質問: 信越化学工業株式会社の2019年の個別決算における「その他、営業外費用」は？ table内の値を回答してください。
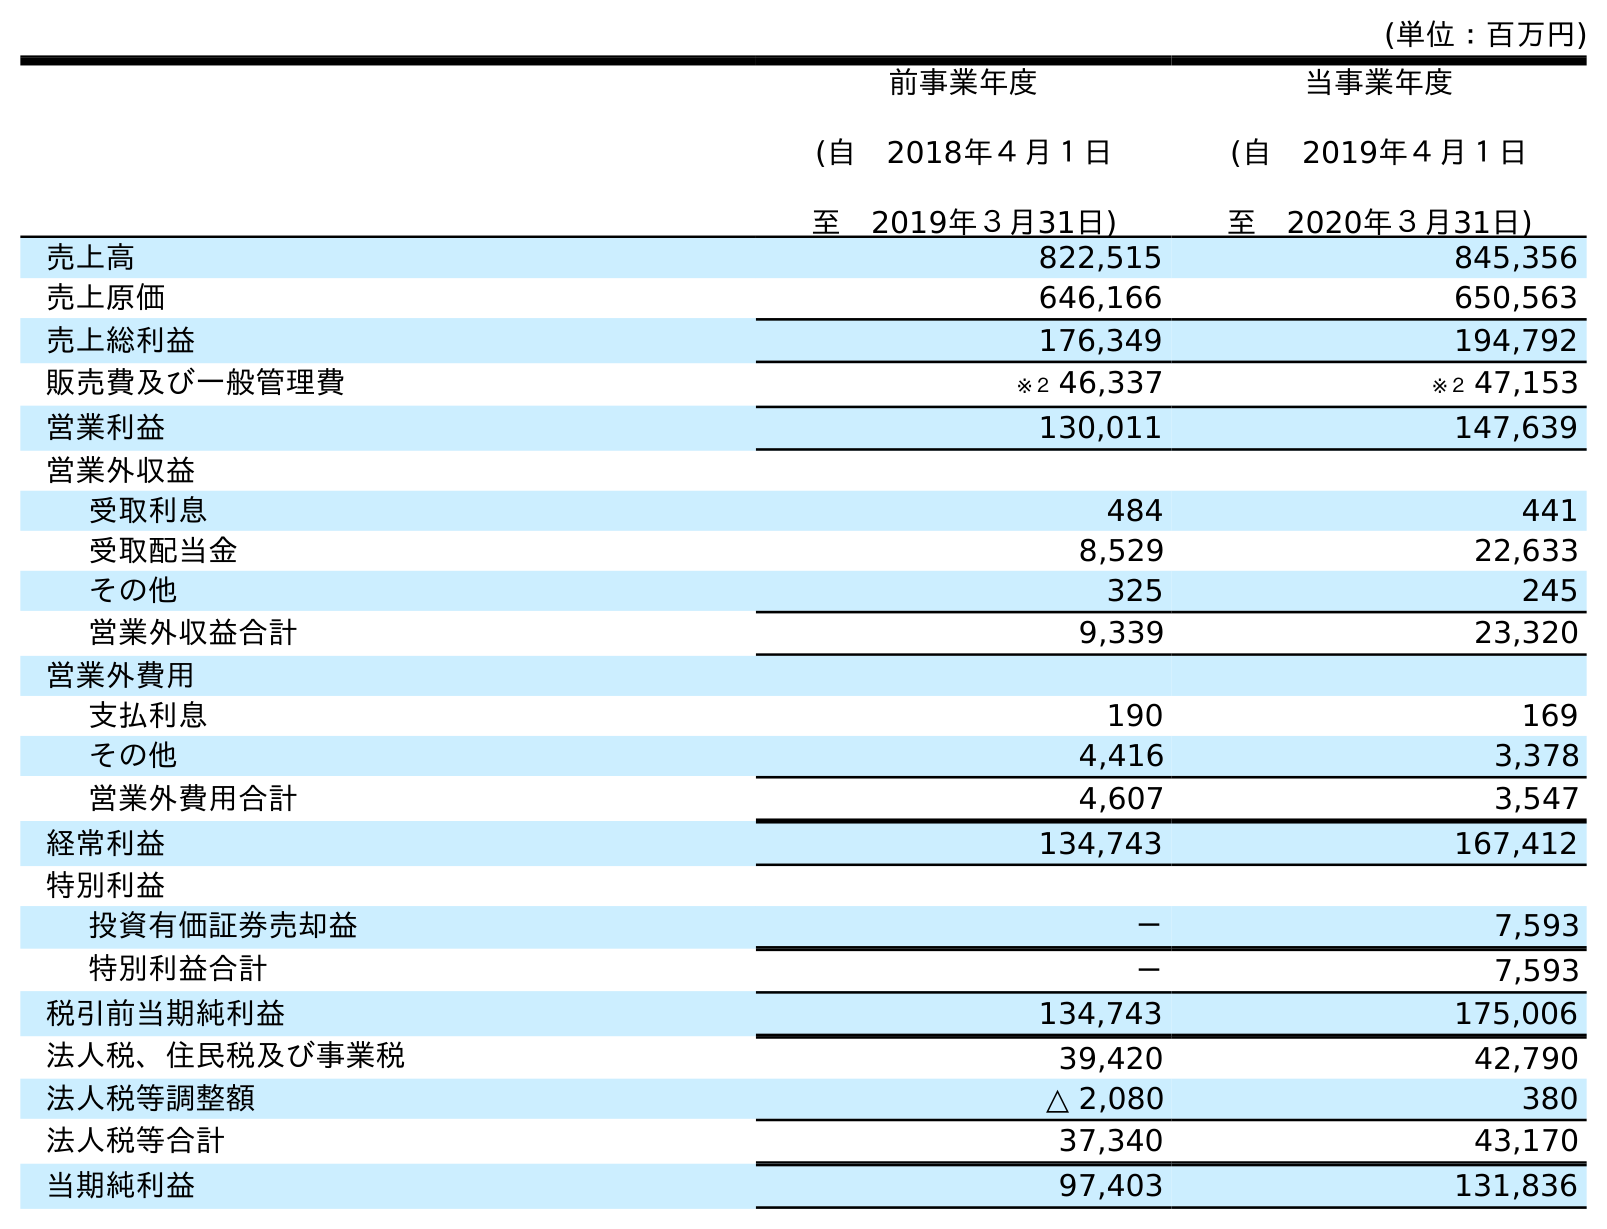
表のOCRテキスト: (単位：百万円) 前事業年度 (自 2018年４月１日 至 2019年３月31日) 当事業年度 (自 2019年４月１日 至 2020年３月31日) 売上高 822,515 845,356 売上原価 646,166 650,563 売上総利益 176,349 194,792 販売費及び一般管理費 ※２ 46,337 ※２ 47,153 営業利益 130,011 147,639 営業外収益 受取利息 484 441 受取配当金 8,529 22,633 その他 325 245 営業外収益合計 9,339 23,320 営業外費用 支払利息 190 169 その他 4,416 3,378 営業外費用合計 4,607 3,547 経常利益 134,743 167,412 特別利益 投資有価証券売却益 － 7,593 特別利益合計 － 7,593 税引前当期純利益 134,743 175,006 法人税、住民税及び事業税 39,420 42,790 法人税等調整額 △ 2,080 380 法人税等合計 37,340 43,170 当期純利益 97,403 131,836
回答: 4,416